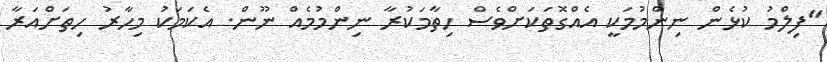
"ފިލްމު ކުޅެން ނިންމުމަކީ އެއްގޮތަކަށްވެސް ހިތާމަކުރާ ނިންމުމެއް ނޫން. އެކަމަކު މިހާރު ހިތަށްއަރާ